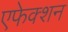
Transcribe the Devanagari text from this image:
एफेक्शन